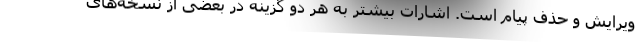
ویرایش و حذف پیام است. اشارات بیشتر به هر دو گزینه در بعضی از نسخه‌های